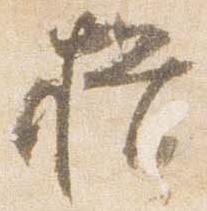
揖